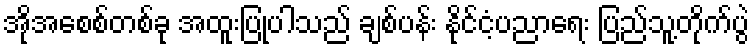
အိုအေစစ်တစ်ခု အထူးပြုပါသည် ချစ်ပန်း နိုင်ငံ့ပညာရေး ပြည်သူ့တိုက်ပွဲ